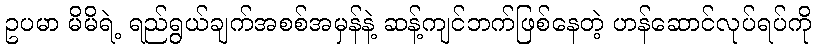
ဥပမာ မိမိရဲ့ ရည်ရွယ်ချက်အစစ်အမှန်နဲ့ ဆန့်ကျင်ဘက်ဖြစ်နေတဲ့ ဟန်ဆောင်လုပ်ရပ်ကို